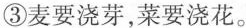
③麦要浇芽，菜要浇花。